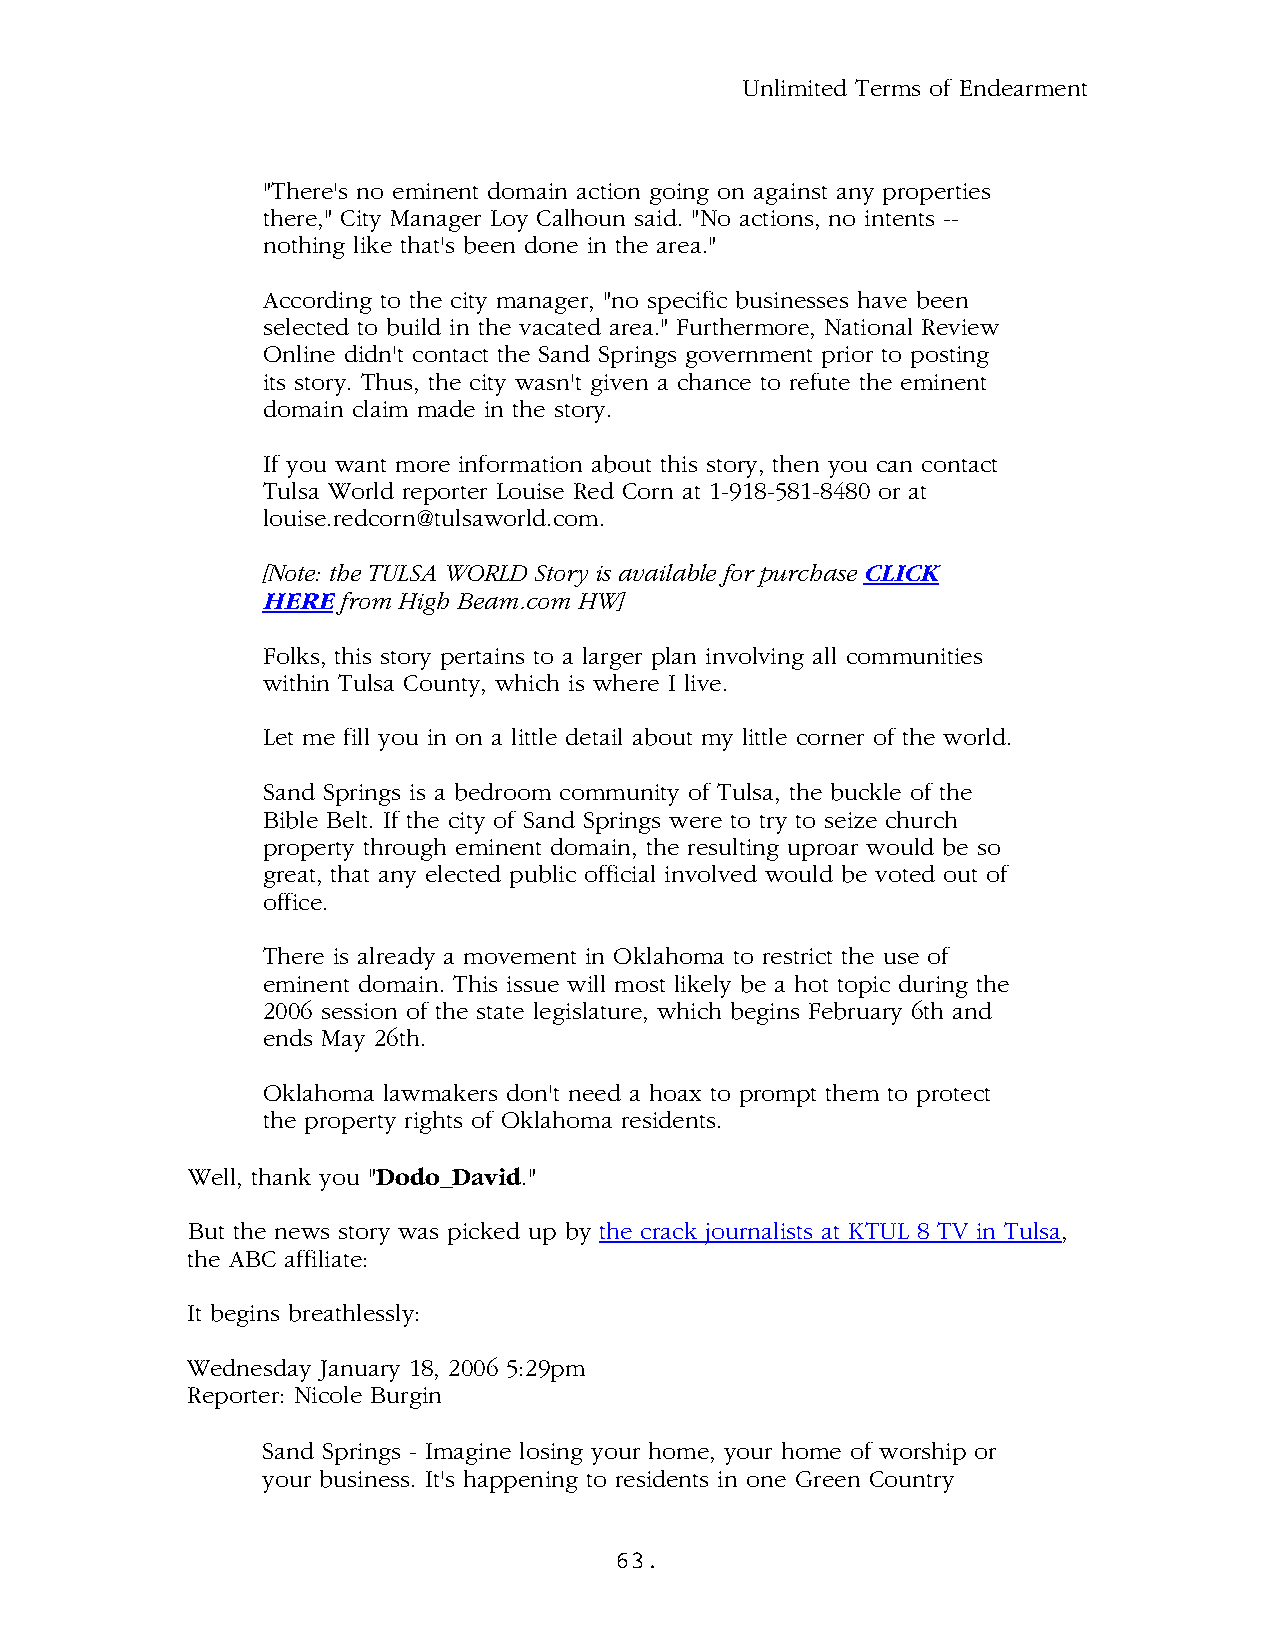
Unlimited Terms of Endearment
 "There's no eminent domain action going on against any properties
 there," City Manager Loy Calhoun said. "No actions, no intents --
 nothing like that's been done in the area."
 According to the city manager, "no specific businesses have been
 selected to build in the vacated area." Furthermore, National Review
 Online didn't contact the Sand Springs government prior to posting
 its story. Thus, the city wasn't given a chance to refute the eminent
 domain claim made in the story.
 If you want more information about this story, then you can contact
 Tulsa World reporter Louise Red Corn at 1-918-581-8480 or at
 louise.redcorn@tulsaworld.com.
 [Note: the TULSA WORLD Story is available for purchase CLICK
 HERE  from High Beam.com HW]
 Folks, this story pertains to a larger plan involving all communities
 within Tulsa County, which is where I live.
 Let me fill you in on a little detail about my little corner of the world.
 Sand Springs is a bedroom community of Tulsa, the buckle of the
 Bible Belt. If the city of Sand Springs were to try to seize church
 property through eminent domain, the resulting uproar would be so
 great, that any elected public official involved would be voted out of
 office.
 There is already a movement in Oklahoma to restrict the use of
 eminent domain. This issue will most likely be a hot topic during the
 2006 session of the state legislature, which begins February 6th and
 ends May 26th.
 Oklahoma lawmakers don't need a hoax to prompt them to protect
 the property rights of Oklahoma residents.
 Well, thank you "Dodo_David."
 But the news story was picked up by the crack journalists at KTUL 8 TV in Tulsa,
 the ABC affiliate:
 It begins breathlessly:
 Wednesday January 18, 2006 5:29pm
 Reporter: Nicole Burgin
 Sand Springs - Imagine losing your home, your home of worship or
 your business. It's happening to residents in one Green Country
 63.